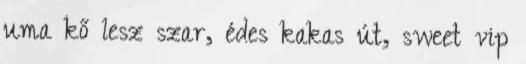
uma kő lesz szar, édes kakas út, sweet vip